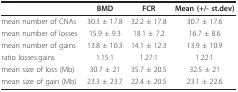
<table><thead><tr><td></td><td><b>BMD</b></td><td><b>FCR</b></td><td><b>Mean (+/- st.dev)</b></td></tr></thead><tbody><tr><td>mean number of CNAs</td><td>30.3 ± 17.8</td><td>32.2 ± 17.8</td><td>30.7 ± 17.6</td></tr><tr><td>mean number of losses</td><td>15.9 ± 9.3</td><td>18.1 ± 7.2</td><td>16.7 ± 8.6</td></tr><tr><td>mean number of gains</td><td>13.8 ± 10.3</td><td>14.1 ± 12.3</td><td>13.9 ± 10.9</td></tr><tr><td>ratio losses:gains</td><td>1.15:1</td><td>1.27:1</td><td>1.22:1</td></tr><tr><td>mean size of loss (Mb)</td><td>30.7 ± 21</td><td>35.7 ± 20.5</td><td>32.5 ± 21</td></tr><tr><td>mean size of gain (Mb)</td><td>23.3 ± 23.7</td><td>22.4 ± 20.5</td><td>23.1 ± 22.6</td></tr></tbody></table>